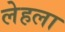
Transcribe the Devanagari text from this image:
लेहला